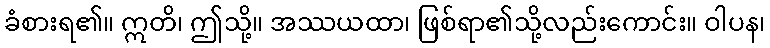
ခံစားရ၏။ ဣတိ၊ ဤသို့။ အဿယထာ၊ ဖြစ်ရာ၏သို့လည်းကောင်း။ ဝါပန၊